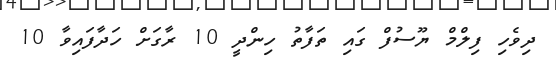
ދިވެހި ފިލްމް ޔޫސުފް ގައި ތަފާތު ހިންދީ 10 ރާގަށް ހަދާފައިވާ 10